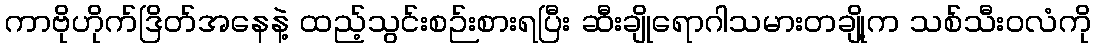
ကာဗိုဟိုက်ဒြိတ်အနေနဲ့ ထည့်သွင်းစဉ်းစားရပြီး ဆီးချိုရောဂါသမားတချို့က သစ်သီးဝလံကို